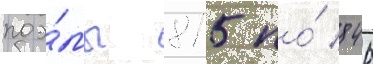
поэ́мы 815 по́ 846